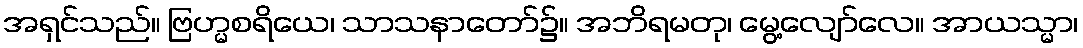
အရှင်သည်။ ဗြဟ္မစရိယေ၊ သာသနာတော်၌။ အဘိရမတု၊ မွေ့လျော်လေ။ အာယသ္မာ၊